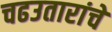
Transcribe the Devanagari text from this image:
चढउतारांचे